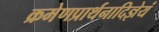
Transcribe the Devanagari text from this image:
क्रमेणप्रार्थनादिज्ञेयं